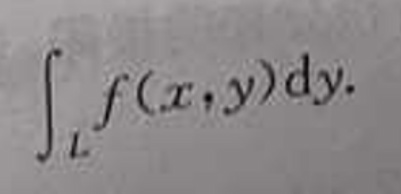
\[\int_{L} f(x,y)\mathrm{d}y.\]